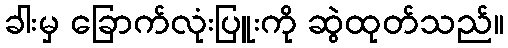
ခါးမှ ခြောက်လုံးပြူးကို ဆွဲထုတ်သည်။